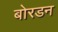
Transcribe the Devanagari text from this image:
बोरडन